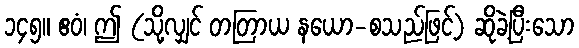
၁၄၅။ ဧဝံ၊ ဤ (သို့လျှင် တတြာယ နယော-စသည်ဖြင့်) ဆိုခဲ့ပြီးသော